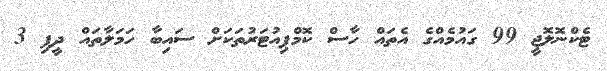
ޓެކްނޮލޮޖީ 99 ގައުމެއްގެ އެތައް ހާސް ކޮމްޕިއުޓަރުތަކަށް ސައިބާ ހަމަލާތައް ދީފި 3